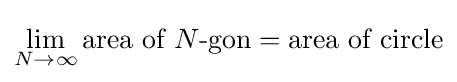
\lim _{N\to \infty }{\text{area of }}N{\text{-gon}}={\text{area of circle}}